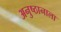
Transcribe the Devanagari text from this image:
अनुष्ठानाला